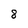
Character: 8